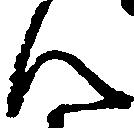
ん